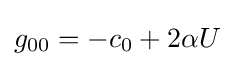
g_{00}=-c_{0}+2\alpha U